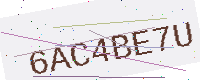
Text: 6AC4BE7U